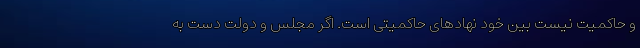
و حاکمیت نیست بین خود نهادهای حاکمیتی است. اگر مجلس و دولت دست به